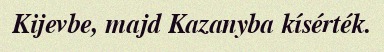
Kijevbe, majd Kazanyba kísérték.